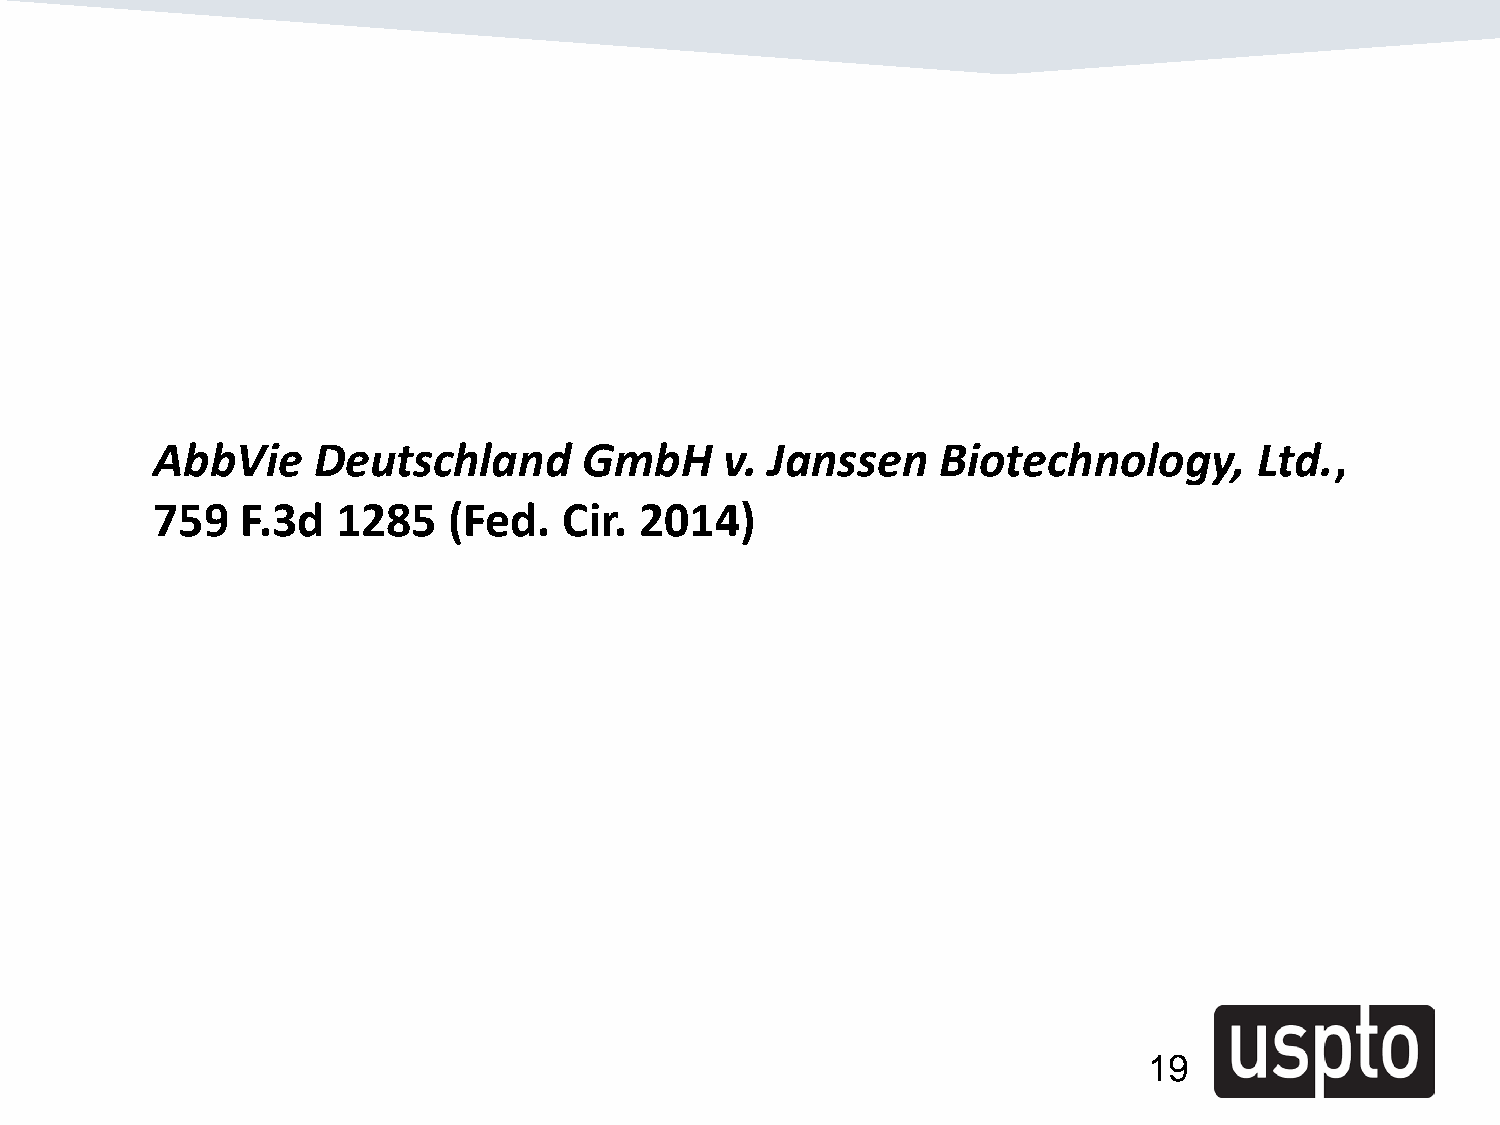
AbbVie     Deutschland       GmbH     v. Janssen    Biotechnology,       Ltd.,
 759   F.3d  1285    (Fed.  Cir. 2014)
 19
 19